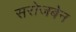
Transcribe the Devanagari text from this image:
सरोजबेन